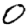
Digit: 0